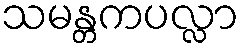
သမန္တကပလ္လာ